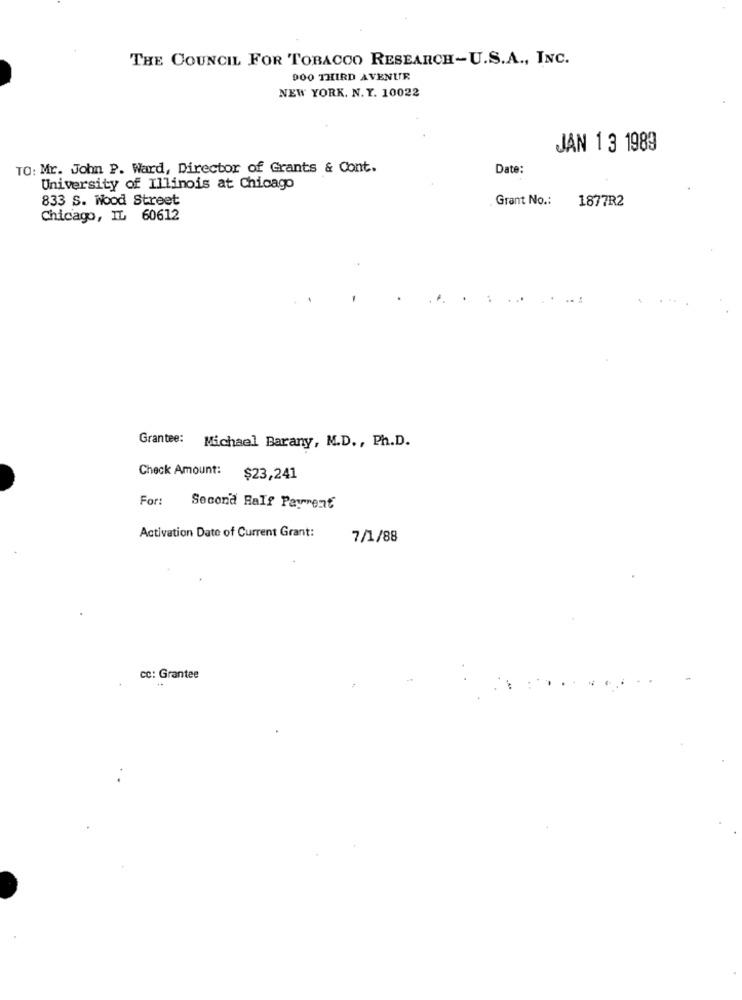
THE COUNCIL FOR TOBACCO RESEARCH-U.S.A ., INC.
900 THIRD AVENUR
NEW YORK. N.Y. 10022
JAN 1 3 1989
TO: Mr. John P. Ward, Director of Grants & Cont.
Date:
University of Illinois at Chicago
833 S. Wood Street
Grant No .:
1877R2
Chicago, IL 60612
Grantee: Michael Barany, M.D ., Ph.D.
Check Amount:
$23,241
For: Second Ralf Payment
Activation Date of Current Grant:
7/1/88
cc: Grantee